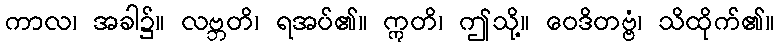
ကာလ၊ အခါ၌။ လဗ္ဘတိ၊ ရအပ်၏။ ဣတိ၊ ဤသို့။ ဝေဒိတဗ္ဗံ၊ သိထိုက်၏။